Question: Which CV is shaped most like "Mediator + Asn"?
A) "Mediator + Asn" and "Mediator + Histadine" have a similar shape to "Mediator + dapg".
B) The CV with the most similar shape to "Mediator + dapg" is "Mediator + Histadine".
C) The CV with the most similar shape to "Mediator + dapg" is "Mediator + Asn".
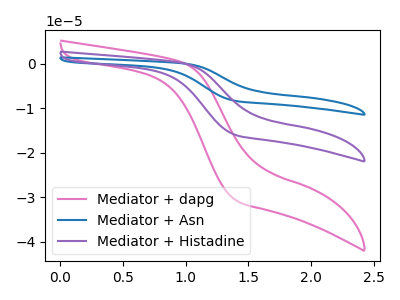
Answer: <think>The pink curve "Mediator + dapg" has no peaks. The blue curve "Mediator + Asn" has no peaks. The purple curve "Mediator + Histadine" has no peaks.
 Neither "Mediator + dapg" or "Mediator + Asn" have any peaks. Neither "Mediator + dapg" or "Mediator + Histadine" have any peaks. Neither "Mediator + Asn" or "Mediator + Histadine" have any peaks.</think>
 <answer>A) "Mediator + Asn" and "Mediator + Histadine" have a similar shape to "Mediator + dapg".</answer>
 <eval>A</eval>